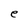
Character: e